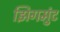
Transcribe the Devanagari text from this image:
झिगमुंट